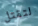
لتقتل